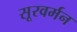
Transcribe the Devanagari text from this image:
सूरवर्मन